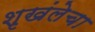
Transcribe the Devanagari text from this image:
शृखंलेचा